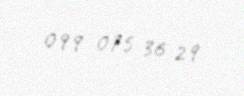
099 075 36 29